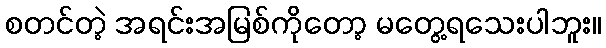
စတင်တဲ့ အရင်းအမြစ်ကိုတော့ မတွေ့ရသေးပါဘူး။